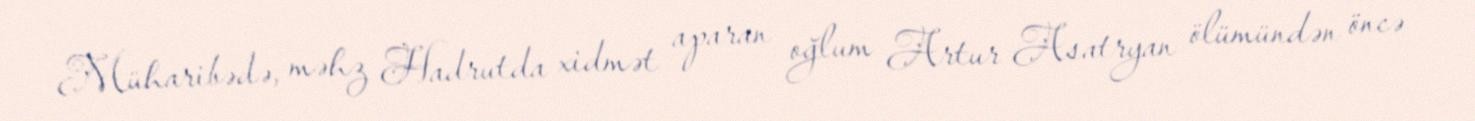
Müharibədə, məhz Hadrutda xidmət aparan oğlum Artur Asatryan ölümündən öncə